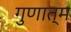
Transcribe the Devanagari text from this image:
गुणात्म